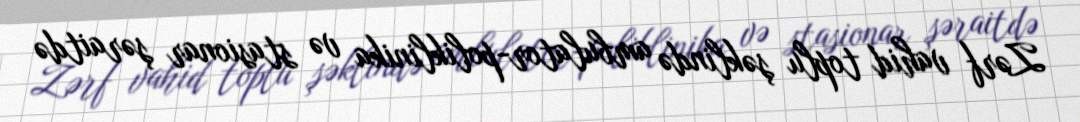
Zərf vahid toplu şəklində ambulator-poliklinika və stasionar şəraitdə